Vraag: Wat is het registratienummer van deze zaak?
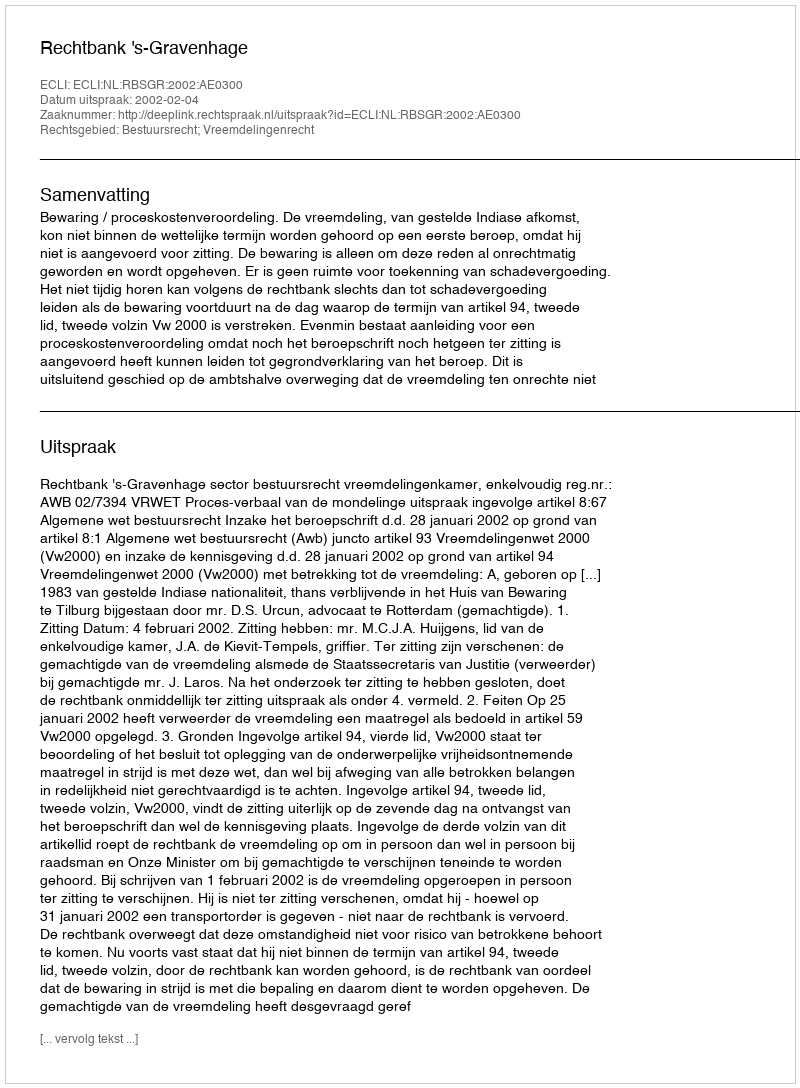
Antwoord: http://deeplink.rechtspraak.nl/uitspraak?id=ECLI:NL:RBSGR:2002:AE0300